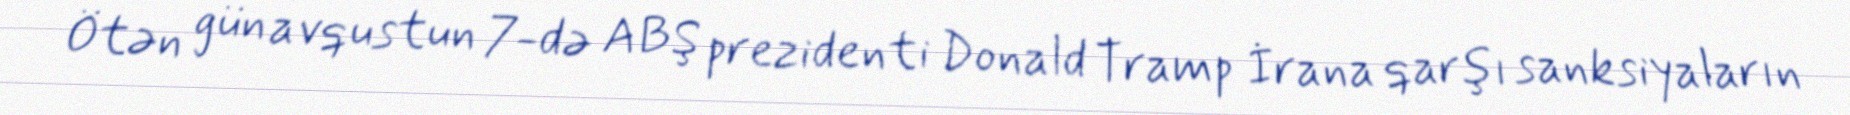
Ötən gün avqustun 7-də ABŞ prezidenti Donald Tramp İrana qarşı sanksiyaların